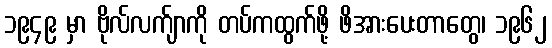
၁၉၄၉ မှာ ဗိုလ်လက်ျာကို တပ်ကထွက်ဖို့ ဖိအားပေးတာတွေ၊ ၁၉၆၂